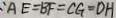
: A E = B F = C G = D H